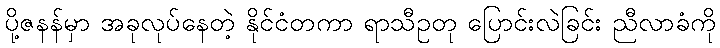
ပို့ဇနန်မှာ အခုလုပ်နေတဲ့ နိုင်ငံတကာ ရာသီဥတု ပြောင်းလဲခြင်း ညီလာခံကို